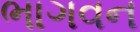
ભાગવન